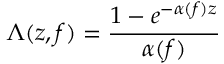
\Lambda ( z , f ) = \frac { 1 - e ^ { - \alpha ( f ) z } } { \alpha ( f ) }